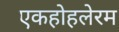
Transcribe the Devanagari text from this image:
एकहोहलेरम